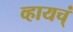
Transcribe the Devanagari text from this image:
व्हायच्ं